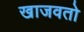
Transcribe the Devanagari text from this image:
खाजवतो